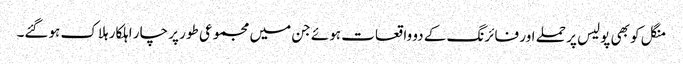
منگل کو بھی پولیس پر حملے اور فائرنگ کے دو واقعات ہوئے جن میں مجموعی طور پر چار اہلکار ہلاک ہوگئے۔